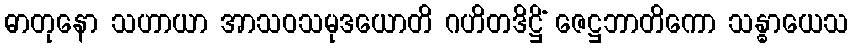
ဓာတုနော သဟာယာ အာသဝသမုဒယောတိ ဂဟိတဒိဋ္ဌိံ ဇေဋ္ဌဘာတိကော သန္ဓာယေသ